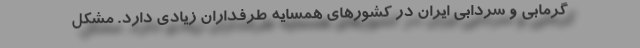
گرمابی و سردابی ایران در کشورهای همسایه طرفداران زیادی دارد. مشکل